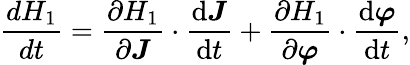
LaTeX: \frac{dH_{1}}{dt}=\frac{\partial H_{1}}{\partial\boldsymbol{J}}\cdot\frac{\mathrm{d}\boldsymbol{J}}{\mathrm{d}t}+\frac{\partial H_{1}}{\partial\boldsymbol{\varphi}}\cdot\frac{\mathrm{d}\boldsymbol{\varphi}}{\mathrm{d}t},